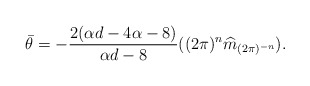
\begin{align*}\bar{\theta}=-\frac{2(\alpha d-4\alpha-8)}{\alpha d-8}((2\pi)^n \widehat{m}_{(2\pi)^{-n}}).\end{align*}